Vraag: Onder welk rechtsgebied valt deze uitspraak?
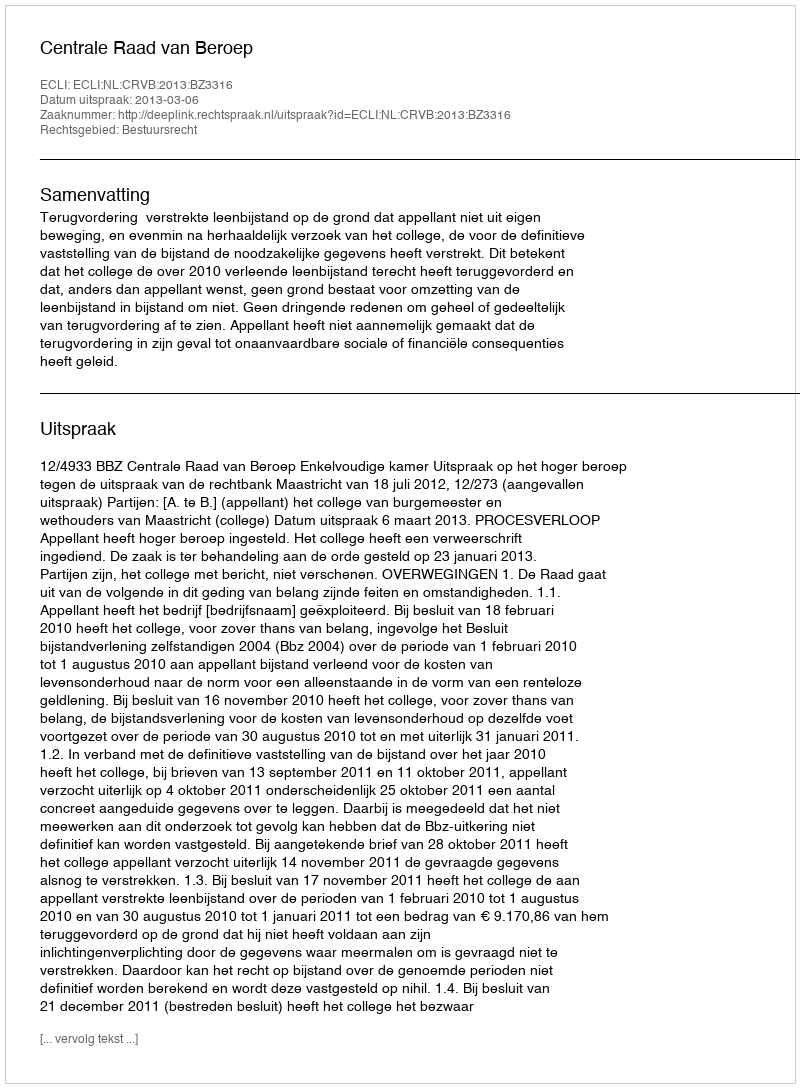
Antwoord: Bestuursrecht